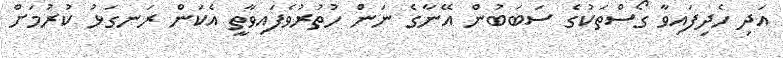
އަދި ހެދިފައިވާ ގޯސްތަކުގެ ސަބަބުން އޭނާގެ ނަން ހުތުރުވެފައިވާތީ އެކަން ރަނގަޅު ކުރުމަށް